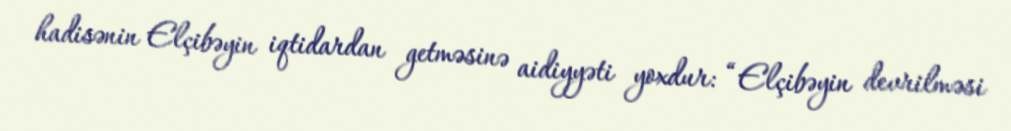
hadisənin Elçibəyin iqtidardan getməsinə aidiyyəti yoxdur: “Elçibəyin devrilməsi